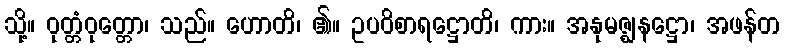
သို့။ ဝုတ္တံဝုတ္တော၊ သည်။ ဟောတိ၊ ၏။ ဥပဝိစာရဋ္ဌောတိ၊ ကား။ အနုမဇ္ဈနဋ္ဌော၊ အဖန်တ